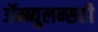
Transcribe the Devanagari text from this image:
ॲम्ब्युलन्सही